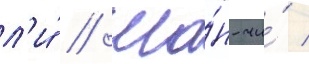
л'и́ // Ша́н-чи́ /